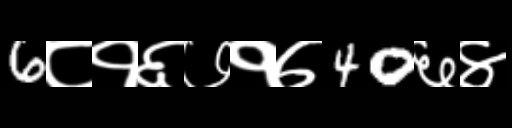
Text: 6८१६७१७40६४